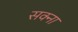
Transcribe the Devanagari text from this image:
सक्ना